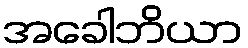
အခေါဘိယာ